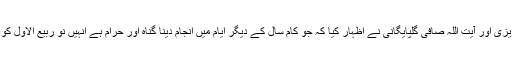
[20] نیز آیت اللہ میرزا جواد تبریزی اور آیت اللہ صافی گلپایگانی نے اظہار کیا کہ جو کام سال کے دیگر ایام میں انجام دینا گناہ اور حرام ہے انہیں نو ربیع الاول کو انجام دینا بھی گناہ اور حرام ہے۔